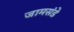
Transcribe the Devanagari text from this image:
जामसंडे